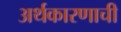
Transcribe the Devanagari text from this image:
अर्थकारणाची